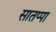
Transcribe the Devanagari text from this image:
सातप्पा